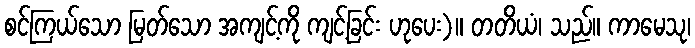
စင်ကြယ်သော မြတ်သော အကျင့်ကို ကျင့်ခြင်း ဟုပေး)။ တတိယံ၊ သည်။ ကာမေသု၊